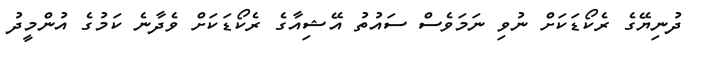
ދުނިޔޭގެ ރެކޯޑަކަށް ނުވި ނަމަވެސް ސައުތު އޭޝިއާގެ ރެކޯޑަކަށް ވެދާނެ ކަމުގެ އުންމީދު